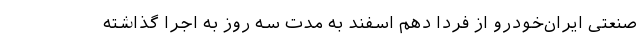
صنعتی ایران‌خودرو از فردا دهم اسفند به مدت سه روز به اجرا گذاشته